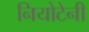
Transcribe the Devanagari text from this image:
नियोटेनी